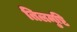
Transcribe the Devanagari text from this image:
तिलमुष्टि